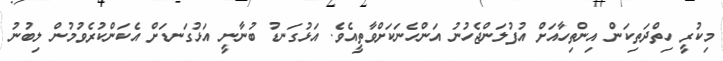
މިކުރީ ހިތްދަތިކަން އިންތިހާއަށް އުފުލަންޖެހުނު އަންހެނަކަށްވާތީއެވެ. އަޅުގަނޑު ބުނާނީ އަޅުގަނޑަށް އެކަންކުރެވުމުން ލިބުނު